Lunatic asylums Burma 1907-21 - 1907-1921
Year: 1907
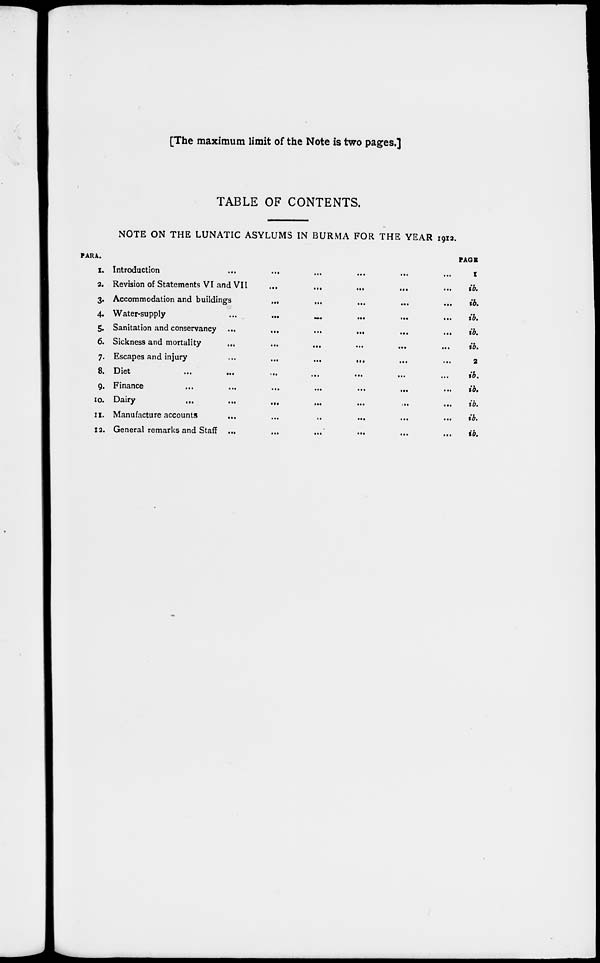
[The maximum limit of the Note is two pages.]
TABLE OF CONTENTS.
NOTE ON THE LUNATIC ASYLUMS IN BURMA FOR THE YEAR 1912.
PARA.
1.
2.
3.
4.
5.
6.
7.
8.
9.
10.
11.
12.
Introduction
Revision of Statements VI and VII ... ... ... ... ... ...
Accommodation and buildings
...
...
...
...
...
Water-supply ... ... ... ... ...
Sanitation and conservancy ... ... ... ... ...
Sickness and mortality ... ... ... ... ...
Escapes and injury ... ... ... ... ...
Diet
...
...
...
...
...
...
Finance
...
...
...
...
...
...
Dairy
...
...
...
...
...
Manufacture accounts ... ... ... ... ...
General remarks and Staff
...
...
...
...
...
PAGE
1
ib.
ib.
ib.
ib.
ib.
2
ib.
ib.
ib.
ib.
ib.